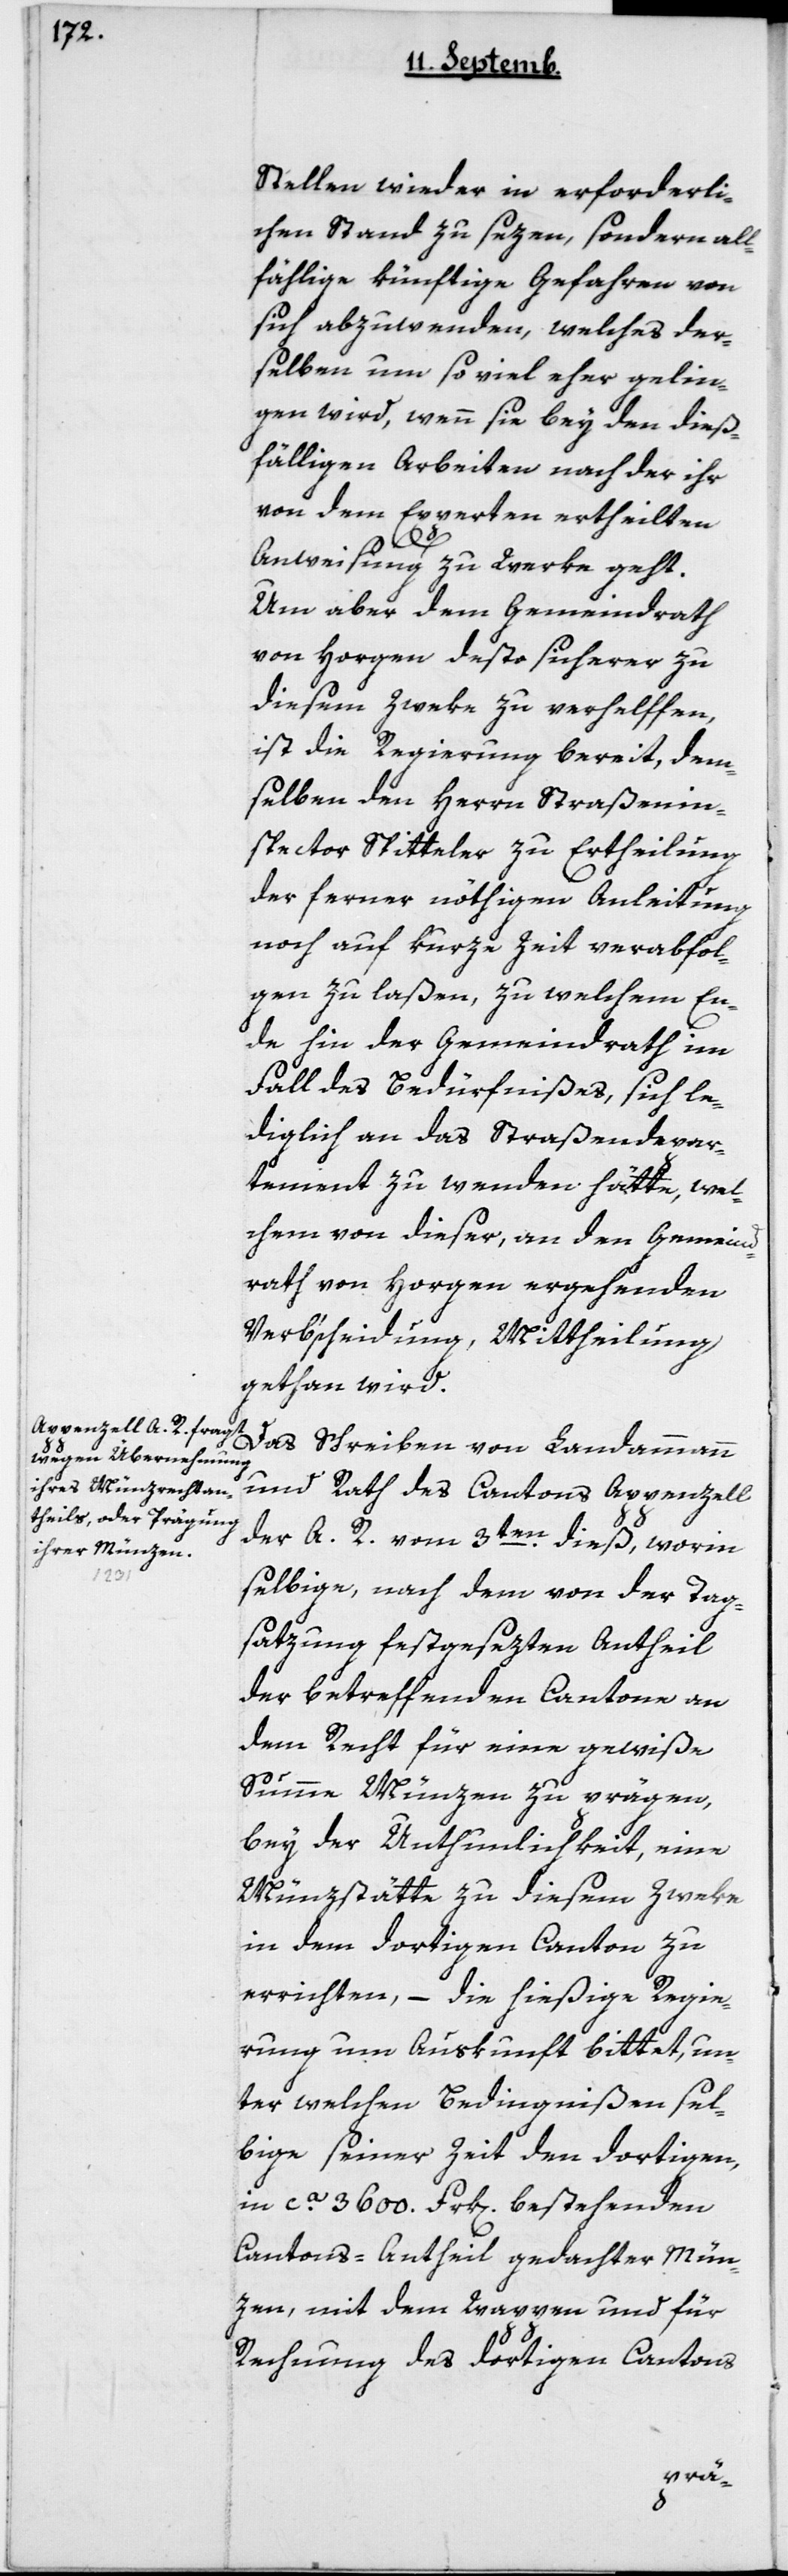
Stellen wieder in erforderli¬
chen Stand zu sezen, sondern all¬
fällige künftige Gefahren von
sich abzuwenden, welches der¬
selben um soviel eher gelin¬
gen wird, wenn sie bey den dieß¬
fälligen Arbeiten nach der ihr
von dem Experten ertheilten
Anweisung zu Werke geht.
Um aber dem Gemeindrath
von Horgen desto sicherer zu
diesem Zweke zu verhelfen,
ist die Regierung bereit, dem¬
selben den Herrn Straßenin¬
spector Spitteler zur Ertheilung
der ferner nöthigen Anleitung
noch auf kurze Zeit verabfol¬
gen zu laßen, zu welchem En¬
de hin der Gemeindrath im
Fall des Bedürfnißes, sich le¬
diglich an das Straßendepar¬
tement zu wenden hätte, wel¬
chem von dieser, an den Gemeind¬
rath von Horgen ergehenden
Verbscheidung Mittheilung
gethan wird.
Das Schreiben von Landammann
und Rath des Cantons Appenzell
der A. R. vom 3ten dieß, worinn
selbige, nach dem von der Tag¬
sazung festgesezten Antheil
der betreffenden Cantone an
dem Recht für eine gewiße
Summe Münzen zu prägen,
bey der Unthunlichkeit, eine
Münzstätte zu diesem Zweke
in dem dortigen Canton zu
errichten, – die hießige Regie¬
rung um Auskunft bittet, un¬
ter welchen Bedingnißen sel¬
bige seiner Zeit den dortigen,
in ca 3600 Frk[en] bestehenden
Cantons-Antheil gedachter Mün¬
zen, mit dem Wappen und für
Rechnung des dortigen Cantons